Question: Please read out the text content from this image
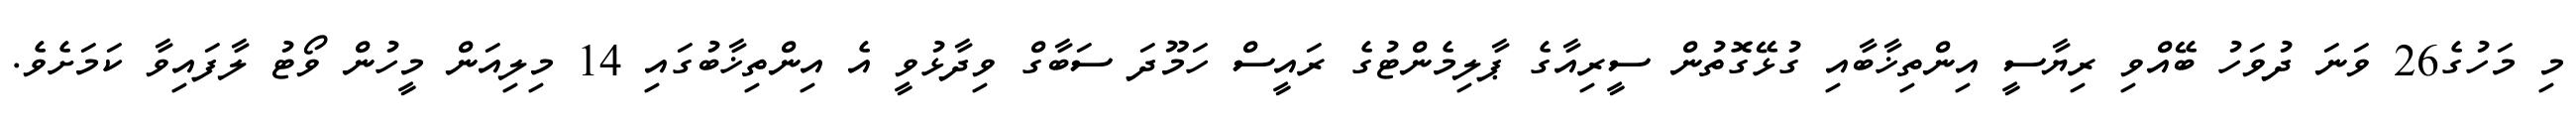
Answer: މި މަހުގެ26 ވަނަ ދުވަހު ބޭއްވި ރިޔާސީ އިންތިޚާބާއި ގުޅޭގޮތުން ސީރިއާގެ ޕާލިމެންޓުގެ ރައީސް ހަމޫދަ ސަބާގް ވިދާޅުވީ އެ އިންތިޚާބުގައި 14 މިލިއަން މީހުން ވޯޓު ލާފައިވާ ކަމަށެވެ.